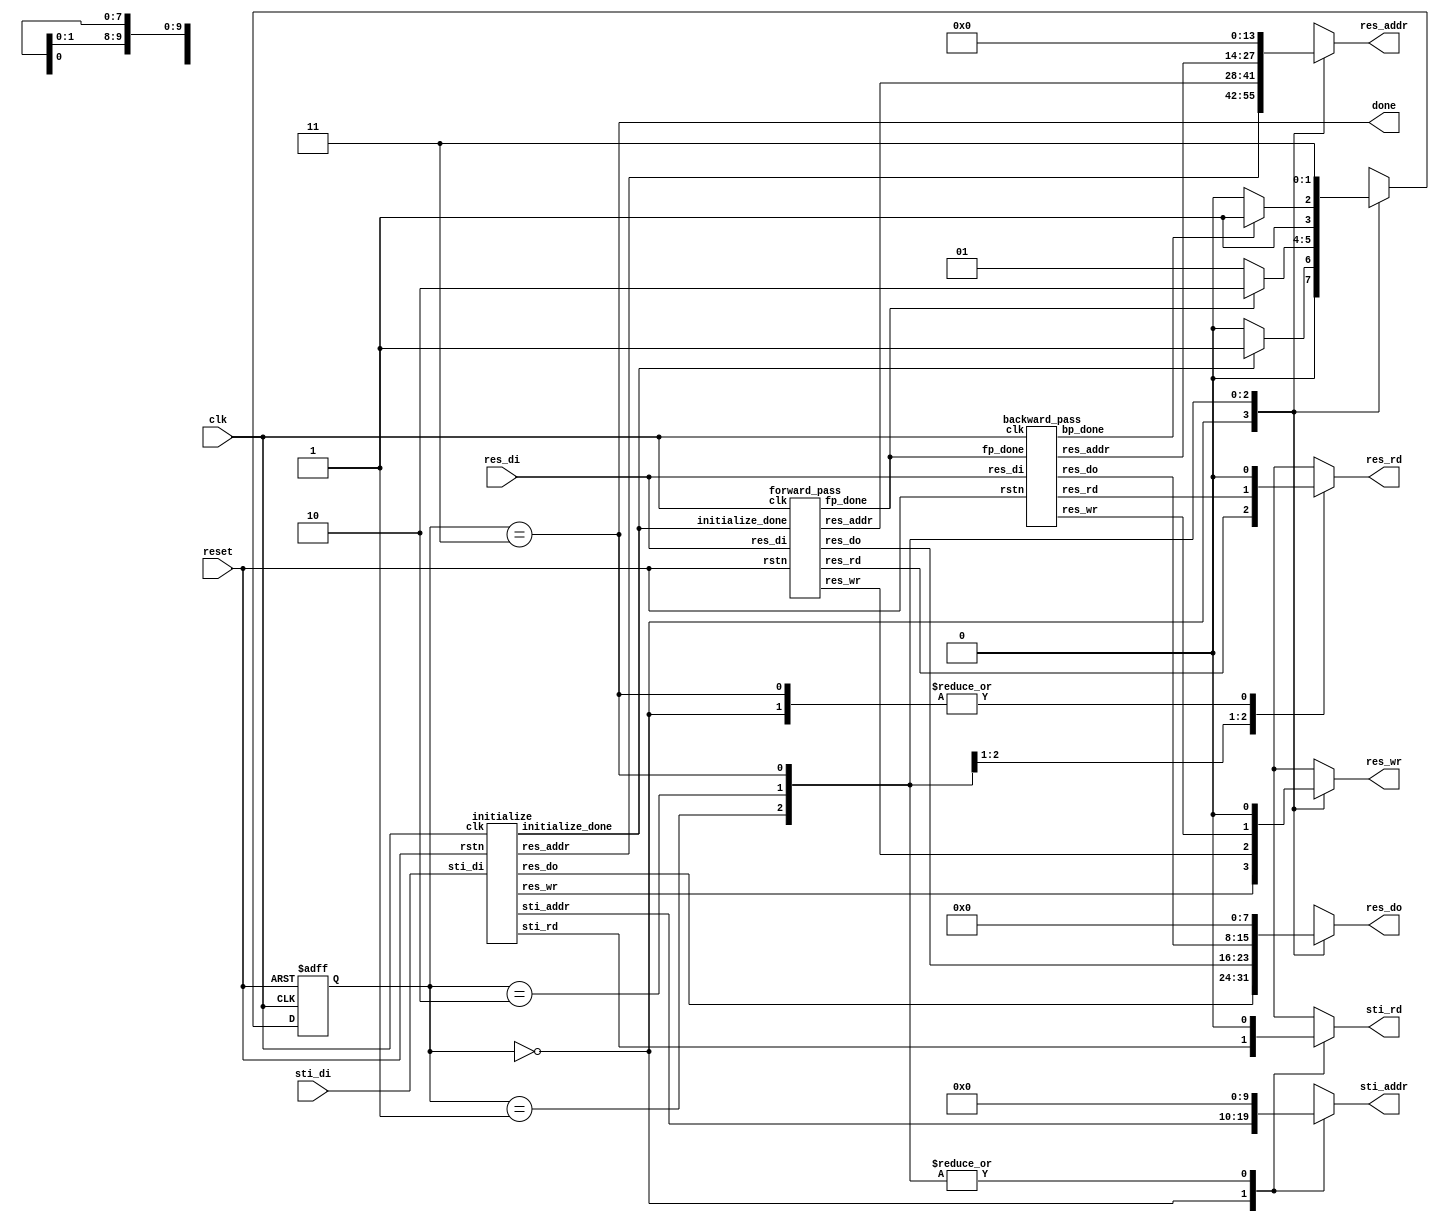
`timescale 1ns/10ps
module DT(
           input 	clk,
           input	reset,
           output	done,
           output	reg sti_rd,
           output 	reg [9:0] sti_addr,
           input	[15:0] sti_di,
           output	reg res_wr,
           output	reg res_rd,
           output 	reg [13:0] res_addr,
           output 	reg [7:0] res_do,
           input	[7:0] res_di
       );

wire initialize_done, fp_done, bp_done;

parameter init_p=0, fp_p=1, bp_p=2, done_p=3;
reg [1:0]state, nstate;

always @(*)
begin
    case (state)
        init_p:
            nstate=(initialize_done)?fp_p:init_p;
        fp_p:
            nstate=(fp_done)?bp_p:fp_p;
        bp_p:
            nstate=(bp_done)?done_p:bp_p;
        done_p:
            nstate=done_p;
        default :
            nstate=init_p;
    endcase
end

always @(posedge clk or negedge reset)
begin
    if (!reset)
        state=init_p;
    else
        state=nstate;
end

//initialize
wire sti_rd_init;
wire [9:0] sti_addr_init;
wire res_wr_init;
wire [13:0]res_addr_init;
wire [7:0]res_do_init;
initialize init (clk, reset, sti_rd_init, sti_addr_init, sti_di,
                 res_wr_init, res_addr_init, res_do_init, initialize_done);

//forward pass
wire res_wr_fp, res_rd_fp;
wire [13:0] res_addr_fp;
wire [7:0] res_do_fp;
forward_pass fp (clk, reset, initialize_done, res_rd_fp, res_wr_fp,
                 res_addr_fp, res_do_fp, res_di, fp_done);

//backward_pass
wire res_wr_bp, res_rd_bp;
wire [13:0] res_addr_bp;
wire [7:0] res_do_bp;
backward_pass bp (clk, reset, fp_done, res_rd_bp, res_wr_bp,
                  res_addr_bp, res_do_bp, res_di, bp_done);

always @(*)
begin
    case (state)
        init_p:
        begin
            sti_rd=sti_rd_init;
            sti_addr=sti_addr_init;
            res_wr=res_wr_init;
            res_rd=0;
            res_addr=res_addr_init;
            res_do=res_do_init;
        end
        fp_p:
        begin
            sti_rd=0;
            sti_addr=0;
            res_wr=res_wr_fp;
            res_rd=res_rd_fp;
            res_addr=res_addr_fp;
            res_do=res_do_fp;
        end
        bp_p:
        begin
            sti_rd=0;
            sti_addr=0;
            res_wr=res_wr_bp;
            res_rd=res_rd_bp;
            res_addr=res_addr_bp;
            res_do=res_do_bp;
        end
        done_p:
        begin
            sti_rd=0;
            sti_addr=0;
            res_wr=0;
            res_rd=0;
            res_addr=0;
            res_do=0;
        end
        default:
        begin
            sti_rd=0;
            sti_addr=0;
            res_wr=0;
            res_rd=0;
            res_addr=0;
            res_do=0;
        end
    endcase
end

assign done=(state==done_p);

endmodule

module initialize (clk, rstn, sti_rd, sti_addr, sti_di, res_wr, res_addr, res_do, initialize_done);
input clk, rstn;
output reg sti_rd;
output reg [9:0] sti_addr;
input [15:0] sti_di;
output reg res_wr;
output reg [13:0]res_addr;
output reg [7:0]res_do;
output reg initialize_done;

parameter init=0, indicate_ROM=1, load_from_ROM=2, send_to_RAM_0=3, send_to_RAM=4, checkif_done=5, done=6;
reg [2:0]state, nstate;
reg [3:0]buf_state, buf_nstate;
reg [0:15]buff;

always @(*)
begin
    case(state)
        init:
            nstate=indicate_ROM;
        indicate_ROM:
            nstate=load_from_ROM;
        load_from_ROM:
            nstate=send_to_RAM_0;
        send_to_RAM_0:
            nstate=send_to_RAM;
        send_to_RAM:
            nstate=(buf_state==4'b1111)?checkif_done:send_to_RAM;
        checkif_done:
            nstate=(sti_addr==1023)?done:indicate_ROM;
        done:
            nstate=done;
    endcase
end

always @(posedge clk or negedge rstn)
begin
    if(!rstn)
        state=init;
    else
        state=nstate;
end

always @(*)
begin
    case(state)
        init:
        begin
            sti_rd=0;
            res_wr=0;
            initialize_done=0;
            res_do=0;
        end
        indicate_ROM:
        begin
            sti_rd=1;
            res_wr=0;
        end
        load_from_ROM:
        begin
            sti_rd=0;
            res_wr=0;
        end
        send_to_RAM_0:
        begin
            res_do={7'b0, buff[buf_state]};
            res_wr=1;
        end
        send_to_RAM:
        begin
            res_do={7'b0, buff[buf_state]};
            res_wr=1;
        end
        checkif_done:
        begin
            res_wr=0;
        end
        done:
        begin
            sti_rd=0;
            res_wr=0;
            initialize_done=1;
        end

    endcase
end

always @(posedge clk)
begin
    case (state)
        init:
            buff<=16'b0;
        load_from_ROM:
            buff<=sti_di;
        default :
            buff<=buff;
    endcase
end

always @(*)
begin
    case (buf_state)
        15:
            buf_nstate=15;
        default :
            buf_nstate=buf_state+1;
    endcase
end

always @(posedge clk)
begin
    case(state)
        init:
            buf_state=0;
        send_to_RAM_0:
            buf_state=buf_nstate;
        send_to_RAM:
            buf_state=buf_nstate;
        default :
            buf_state=0;
    endcase
end

always @(posedge clk)
begin
    case (state)
        init:
        begin
            sti_addr<=0;
            res_addr<=0;
        end
        send_to_RAM_0:
        begin
            res_addr<=res_addr+1;
        end
        send_to_RAM:
            res_addr<=res_addr+1;
        checkif_done:
        begin
            if (sti_addr==1023)
                sti_addr<=1023;
            else
                sti_addr<=sti_addr+1;
        end
    endcase
end

endmodule //init

module forward_pass(clk, rstn, initialize_done, res_rd, res_wr, res_addr, res_do, res_di, fp_done);
input clk, rstn, initialize_done;
input [7:0]	res_di;
output reg res_wr, res_rd;
output reg [13:0] res_addr;
output reg [7:0] res_do;
output reg fp_done;

parameter init=0, send_target_addr=1, check_target=2, send_NW=3, send_N_load_NW=4;
parameter send_NE_load_N=5, send_W_load_NE=6, load_W_find_min=7, check_RAM_addr=8, done=9;
parameter min_RAM_addr=129, MAX_RAM_addr=128*126+126;
reg[3:0]state, nstate;

reg[7:0] data;

always @(*)
begin
    case(state)
        init:
            nstate=(initialize_done)?send_target_addr:init;
        send_target_addr:
            nstate=check_target;
        check_target:
            nstate=(res_di==0)?check_RAM_addr:send_NW;
        send_NW:
            nstate=send_N_load_NW;
        send_N_load_NW:
            nstate=send_NE_load_N;
        send_NE_load_N:
            nstate=send_W_load_NE;
        send_W_load_NE:
            nstate=load_W_find_min;
        load_W_find_min:
            nstate=check_RAM_addr;
        check_RAM_addr:
            nstate=(res_addr>MAX_RAM_addr)?done:send_target_addr;
        done:
            nstate=done;
        default :
            nstate=init;
    endcase
end

always @(posedge clk or negedge rstn)
begin
    if (!rstn)
        state=init;
    else
        state=nstate;
end

always @(posedge clk)
begin
    case(nstate)
        init:
        begin
            res_addr<=min_RAM_addr;
        end
        send_NW:
        begin
            res_addr<=res_addr-129;
        end
        send_N_load_NW:
        begin
            res_addr<=res_addr+1;
            data<=res_di;
        end
        send_NE_load_N:
        begin
            res_addr<=res_addr+1;
            data<=(res_di<data)?res_di:data;
        end
        send_W_load_NE:
        begin
            res_addr<=res_addr+126;
            data<=(res_di<data)?res_di:data;
        end
        load_W_find_min:
        begin
            res_addr<=res_addr+1;
            data<=(res_di<data)?res_di:data;
        end
        check_RAM_addr:
        begin
            if (res_addr>MAX_RAM_addr)
                res_addr<=MAX_RAM_addr;
            else
            begin
                if (res_addr[6:0]==7'b111_1110)  //126, 128+126, 128*2+126...
                    res_addr<=res_addr+3;
                else
                    res_addr<=res_addr+1;
            end
        end
        done:
        begin
        end
    endcase
end

always @(*)
begin
    case(state)
        init:
        begin
            res_rd=0;
            res_wr=0;
            fp_done=0;
            res_do=0;
        end
        send_target_addr:
        begin
            res_rd=1;
            res_do=0;
        end
        check_target:
        begin
            res_rd=0;
        end
        send_NW:
        begin
            res_rd=1;
        end
        send_N_load_NW:
        begin
            res_rd=1;
        end
        send_NE_load_N:
        begin
            res_rd=1;

        end
        send_W_load_NE:
        begin
            res_rd=1;

        end
        load_W_find_min:
        begin
            res_rd=0;
            res_wr=1;
            res_do=data+1;
        end
        check_RAM_addr:
        begin
            res_wr=0;
            res_rd=0;
        end
        done:
        begin
            res_wr=0;
            res_rd=0;
            fp_done=1;
        end
    endcase
end

endmodule

module backward_pass(clk, rstn, fp_done, res_rd, res_wr, res_addr, res_do, res_di, bp_done);
input clk, rstn, fp_done;
input [7:0] res_di;
output reg res_wr, res_rd;
output reg [13:0] res_addr;
output reg [7:0] res_do;
output reg bp_done;

parameter init=0, send_target_addr=1, check_target=2, send_E=3, send_SW_load_E=4;
parameter send_S_load_SW=5, send_SE_load_S=6, load_SE_write_back=7, check_RAM_addr=8, done=9;
parameter min_RAM_addr=129, MAX_RAM_addr=128*126+126;
reg[3:0]state, nstate;

reg[7:0] input_data, data;

always @(*)
begin
    case(state)
        init:
            nstate=(fp_done)?send_target_addr:init;
        send_target_addr:
            nstate=check_target;
        check_target:
            nstate=(input_data==0)?check_RAM_addr:send_E;
        send_E:
            nstate=send_SW_load_E;
        send_SW_load_E:
            nstate=send_S_load_SW;
        send_S_load_SW:
            nstate=send_SE_load_S;
        send_SE_load_S:
            nstate=load_SE_write_back;
        load_SE_write_back:
            nstate=check_RAM_addr;
        check_RAM_addr:
            nstate=(res_addr<min_RAM_addr)?done:send_target_addr;
        done:
            nstate=done;
        default :
            nstate=init;
    endcase
end

always @(posedge clk or negedge rstn)
begin
    if (!rstn)
        state<=init;
    else
        state<=nstate;
end

always @(posedge clk)
begin
    case(nstate)
        init:
        begin
            res_addr<=MAX_RAM_addr;
            data<=0;
            input_data<=0;
        end
        send_target_addr:
        begin
        end
        check_target:
        begin
            input_data<=res_di;
        end
        send_E:
        begin
            res_addr<=res_addr+1;
        end
        send_SW_load_E:
        begin
            res_addr<=res_addr+126;
            data<=res_di;
        end
        send_S_load_SW:
        begin
            res_addr<=res_addr+1;
            data<=(res_di<data)?res_di:data;
        end
        send_SE_load_S:
        begin
            res_addr<=res_addr+1;
            data<=(res_di<data)?res_di:data;
        end
        load_SE_write_back:
        begin
            res_addr<=res_addr-129;
            data<=(res_di<data)?res_di:data;
        end
        check_RAM_addr:
        begin
            if (res_addr<min_RAM_addr)
                res_addr<=min_RAM_addr;
            else
            begin
                if (res_addr[6:0]==7'b000_0001)  //129, 128+129, 128*2+129...
                    res_addr<=res_addr-3;
                else
                    res_addr<=res_addr-1;
            end
        end
    endcase
end

always @(*)
begin
    case(state)
        init:
        begin
            res_rd=0;
            res_wr=0;
            bp_done=0;
            res_do=0;
        end
        send_target_addr:
        begin
            res_rd=1;
            res_do=0;
        end
        check_target:
        begin
            res_rd=0;
        end
        send_E:
        begin
            res_rd=1;
        end
        send_SW_load_E:
        begin
            res_rd=1;
        end
        send_S_load_SW:
        begin
            res_rd=1;
        end
        send_SE_load_S:
        begin
            res_rd=1;
        end
        load_SE_write_back:
        begin
            res_rd=0;
            res_wr=1;
            res_do=((data+1)<input_data)?(data+1):input_data;
        end
        check_RAM_addr:
        begin
            res_wr=0;
            res_rd=0;
        end
        done:
        begin
            res_wr=0;
            res_rd=0;
            bp_done=1;
        end
    endcase
end

endmodule